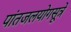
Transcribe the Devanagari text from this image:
पांतजलयोगसूत्रे